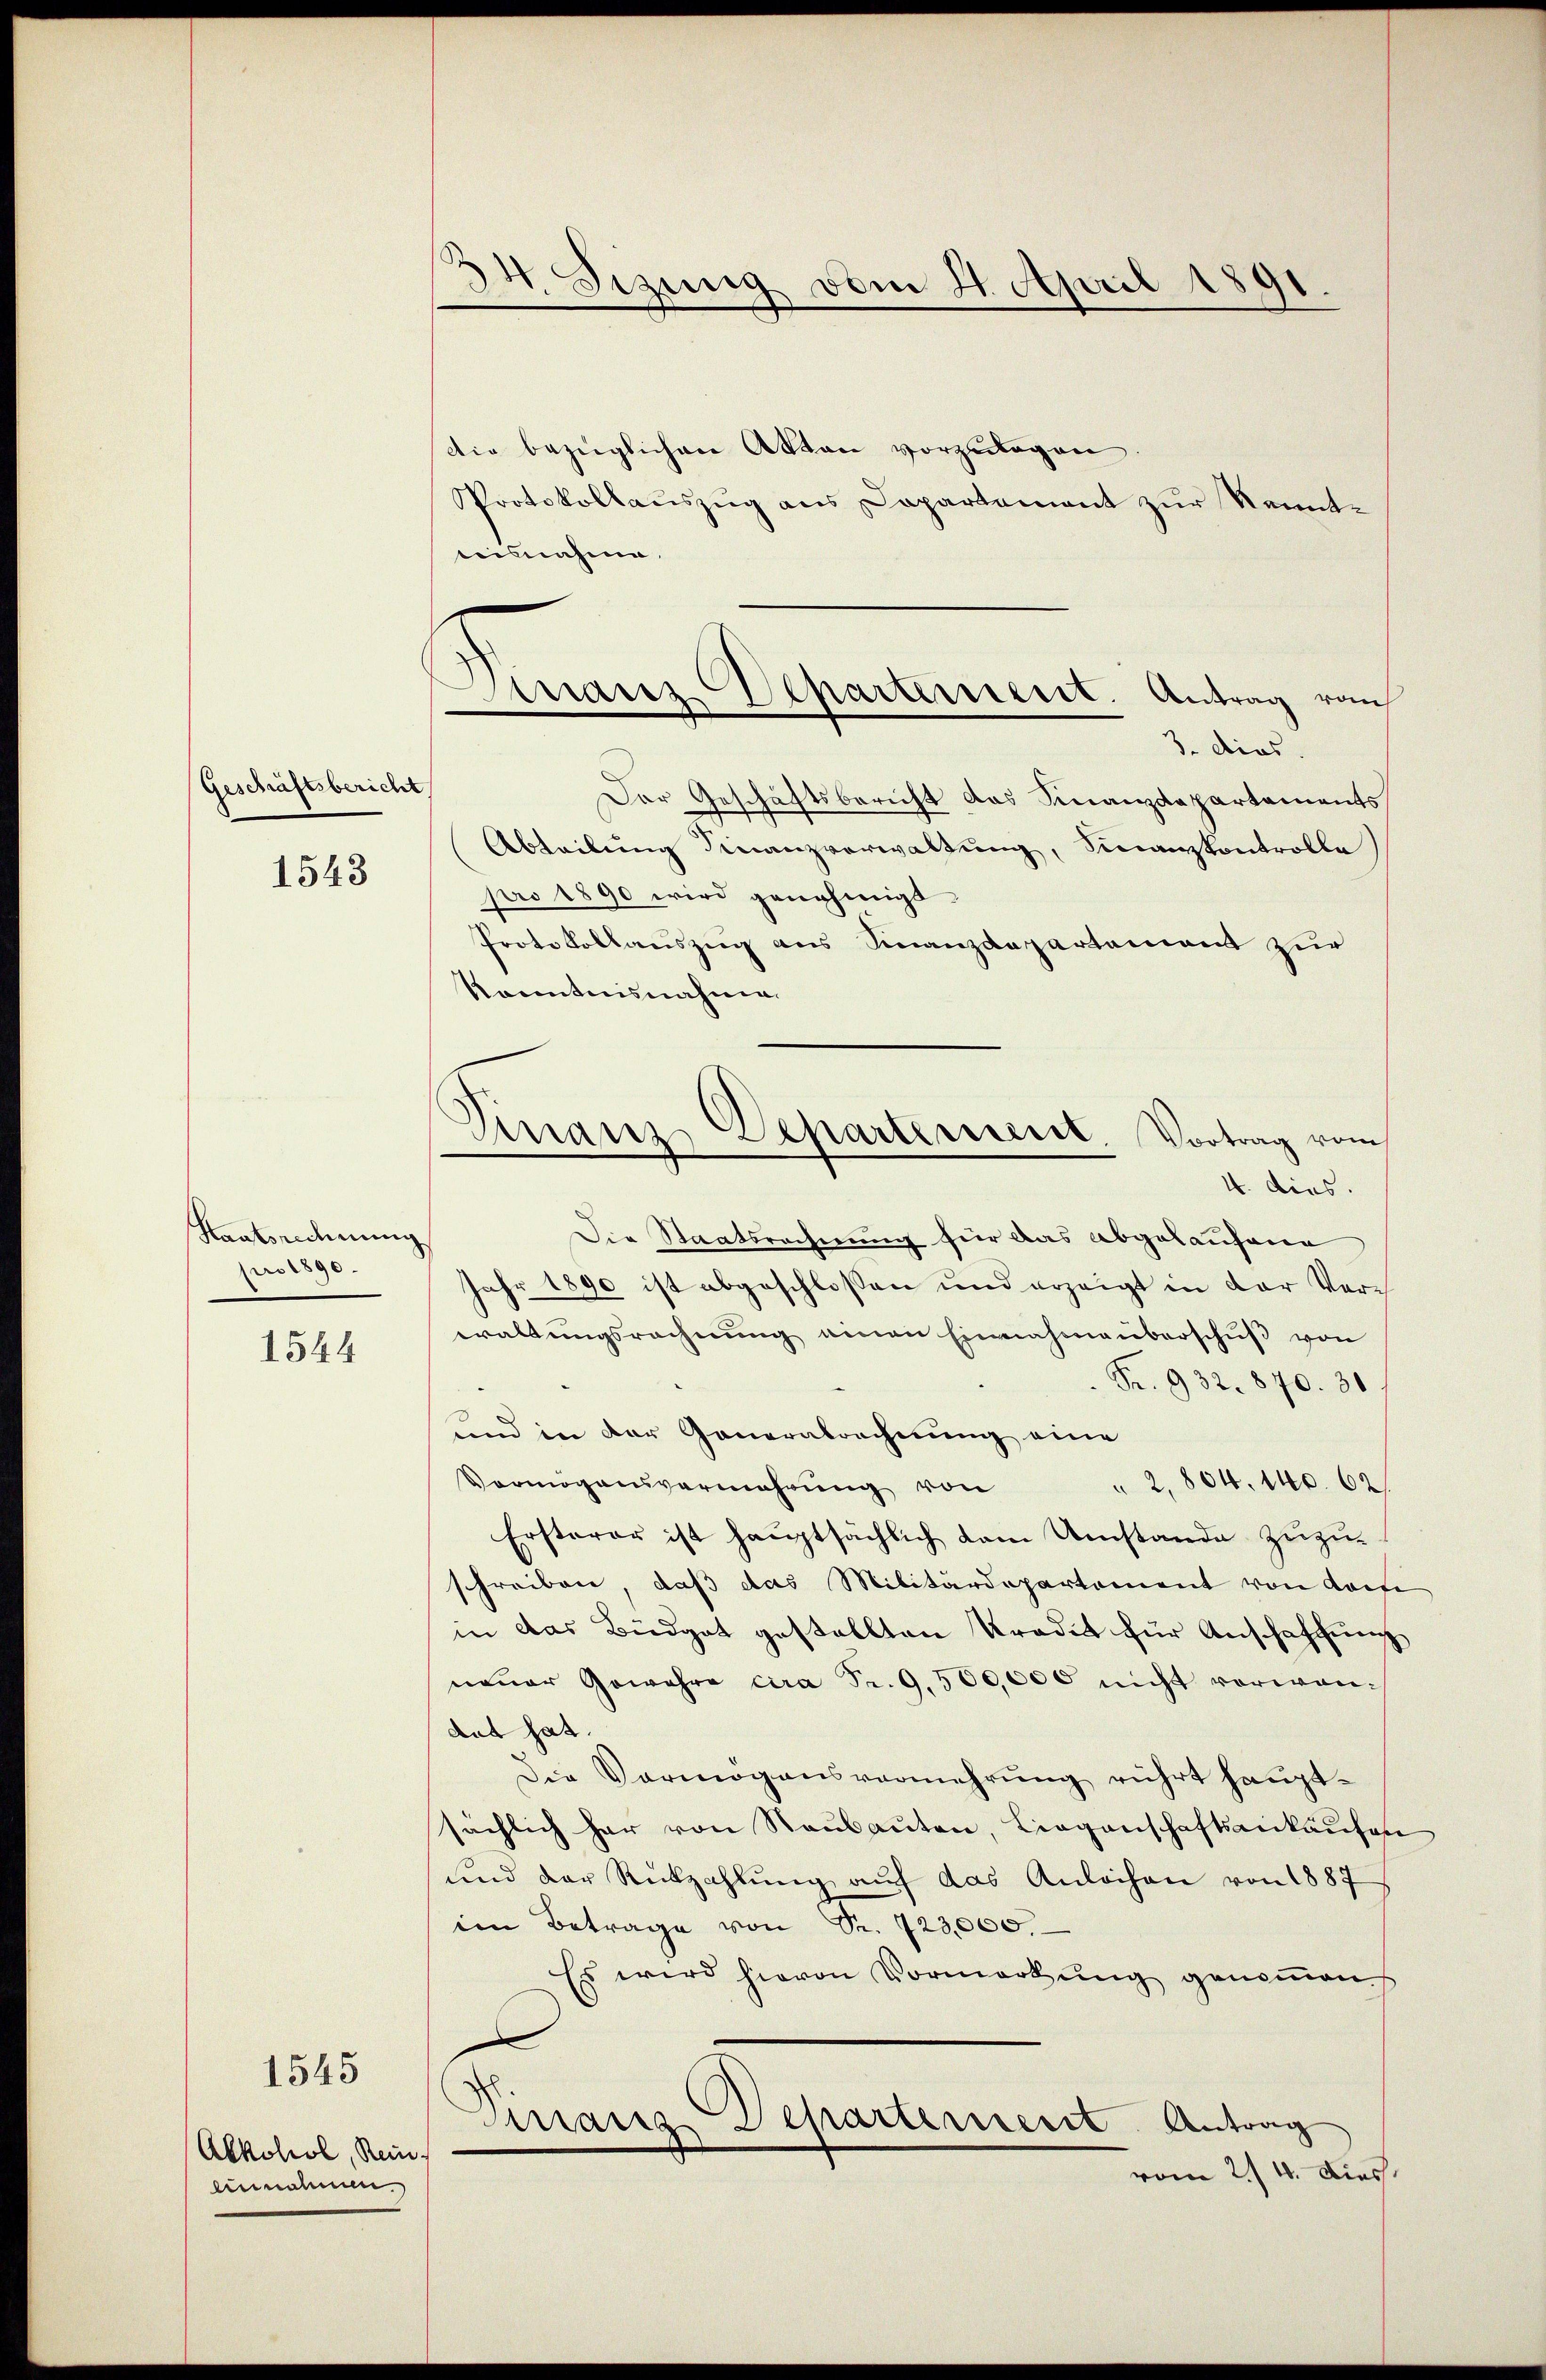
Geschäftsbericht
1543

Staatsrechnung
pro 1890.

1544

1545

Alkohol, Rein.
einnahmen.

34. Sizung vom 2. April 1891

manz Departement. Antrag vom
3. dies

Deharteriert Vortrag vom
Fnanz
4. dies.

die bezüglichen Akten vorzulegen
Protokollauszug aus Dapartement zur Kenntisnahme.
Der Geschäftsbericht das Finanzdepartements
Abteilŭng Finanzverwaltung, Finanzkontrolle
pro 1890 wird genehmigt.
Protokollauszug aus Finanzdepartement zur
känntnisnahme.
Die Staatsrechnung für das abgelaufene
Jahr 1890 ist abgeschlossen und erzeigt in der Verwaltŭngsrechnŭng einen Einnahmenberschŭβ von
Fr. 932. 870. 30
und in der Generabrechnung eine
 2,804. 140. 62
Vermögensvermehrung von
Ersterer ist hauptsächlich dem Umstande zuzuschreiben, daß das Militärdepartement von das
in das Büdget gestellten Kredit für Anschaffung
neŭer Gewahre cira Pr. 9500,000 nicht vorwandat hat.
Die Vermögensvermehrung rührt hauptsächlich har von Raubauten, Liegenschaftsankaufen
und der Rückzahlŭng aŭf das Anleihen von 1887
im Betrage von Sr. 723,000.
Es wird hievon Vormerkŭng genoṁen.
Einanz-Departement. Antrag
vom 24. Dies